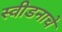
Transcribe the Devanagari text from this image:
स्वीडनाचे